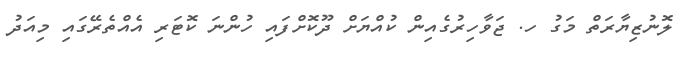
ލޮނުޒިޔާރަތް މަގު ހ. ޖަވާހިރުގެއިން ކުއްޔަށް ދޫކޮށްފައި ހުންނަ ކޮޓަރި އެއްތެރޭގައި މިއަދު